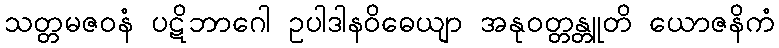
သတ္တမဇဝနံ ပဋိဘာဂေါ ဥပါဒါနဝိဓေယျာ အနုဝတ္တန္တူတိ ယောဇနိကံ